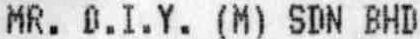
MR. D.I.Y. (M) SDN BHD